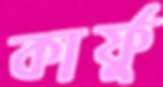
কার্ফু